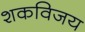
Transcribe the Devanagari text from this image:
शकविजय